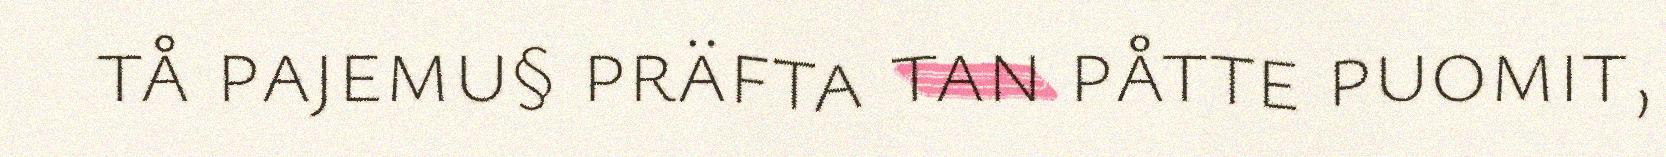
tå pajemu§ präfta tan påtte puomit,